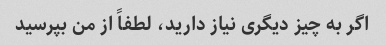
اگر به چیز دیگری نیاز دارید، لطفاً از من بپرسید